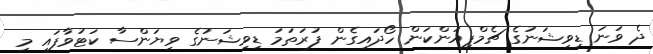
ދެ ވަނަ ޑިވިޝަނުގެ ޗެމްޕިއަންކަން ހޯދައިގެން ފުރަތަމަ ޑިވިޝަނުގެ ވިޔަންސާ ކަޓުވާފައި މި